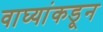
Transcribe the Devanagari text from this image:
वाघ्यांकडून